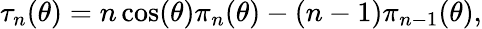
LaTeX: \tau_{n}(\theta)=n\cos(\theta)\pi_{n}(\theta)-(n-1)\pi_{n-1}(\theta),